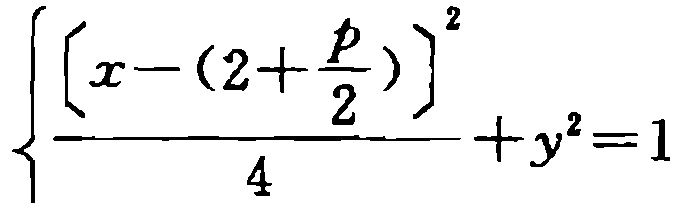
\[\left\{
\frac{\left[x - \left(2 + \frac{p}{2}\right)\right]^2}{4}+y^{2}=1
\right.\]